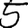
Digit: 5